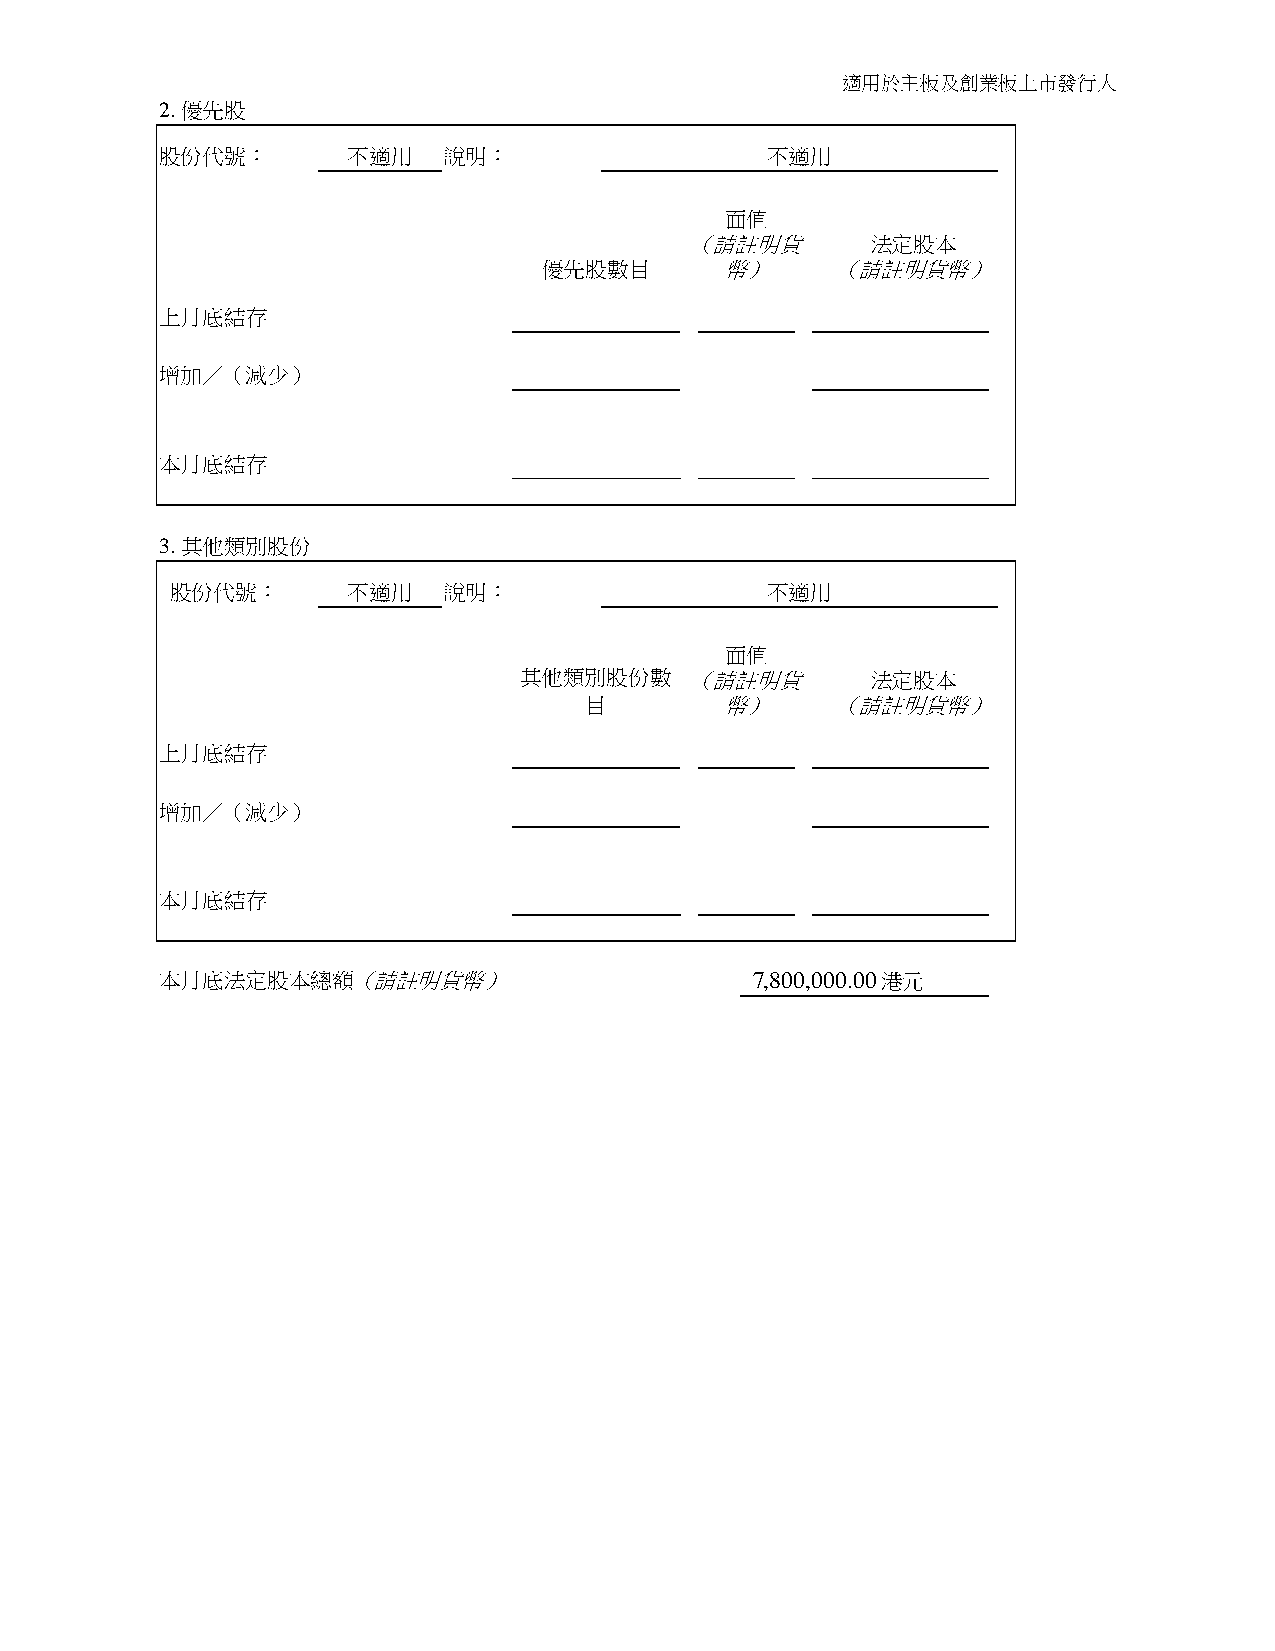
適用於主板及創業板上市發行人
 2. 優先股
 股份代號：       不適用   說明：                   不適用
 面值
 （請註明貨       法定股本
 優先股數目       幣）     （請註明貨幣）
 上月底結存
 增加／（減少）
 本月底結存
 3. 其他類別股份
 股份代號：       不適用   說明：                   不適用
 面值
 其他類別股份數     （請註明貨       法定股本
 目        幣）     （請註明貨幣）
 上月底結存
 增加／（減少）
 本月底結存
 本月底法定股本總額（請註明貨幣）                       7,800,000.00港元